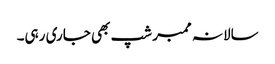
سالانہ ممبر شپ بھی جاری رہی۔